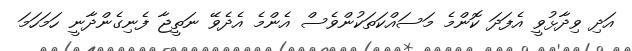
އަދި ވިދާޅުވީ އެފަދަ ކޮންމެ މަސައްކަތަކުންވެސް އެންމެ އެދެވޭ ނަތީޖާ ފެނިގެންދާނީ ހަމަހަމަ